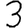
Digit: 3